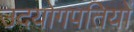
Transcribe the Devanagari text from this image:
उदयोगपतियों